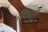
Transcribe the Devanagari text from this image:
सिकटी